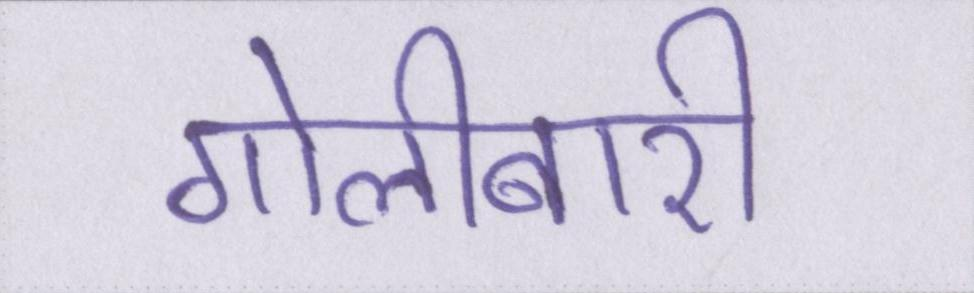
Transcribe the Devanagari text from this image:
गोलीबारी